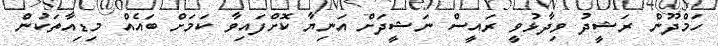
ހަމްދޫން ރަޝީދު ވިދާޅުވީ ރައީސް ނަޝީދަށް އަނިޔާ ކޮށްފައިވާ ކަމަށް ބައެއް މިޑިއާތަކުން